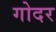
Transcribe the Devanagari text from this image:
गोदर